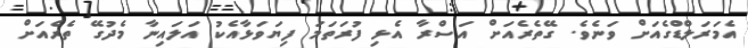
އެމަރަލްޑްގެއަށް ވަނެވެ. ގޭތެރެއަށް އަސްރާ އެޅި ފުރަތަމަ ފިޔަވަޅާއެކު އަލައިނާ މެދުގޭ ތެރެއަށް